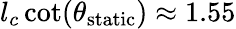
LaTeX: l_{c}\cot(\theta_{\mathrm{static}})\approx 1.55